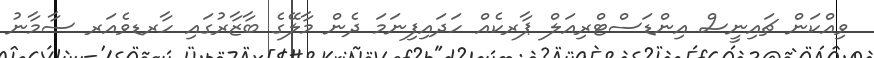
ވިއްކަން ޗައިނީސް އިންޑަސްޓްރިއަލް ޕާރކެއް ހަދައިފިނަމަ ދެން މާލޭގެ ބާޒާރުގައި ހާރޑވެއަރ ސާމާނު